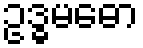
ဥဒ္ဓမဓော